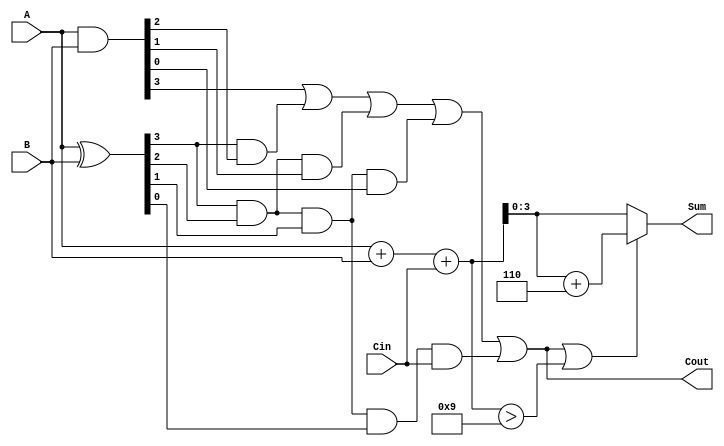
module BCD_Carry_Lookahead_Adder (
    input  [3:0] A,     // BCD digit A
    input  [3:0] B,     // BCD digit B
    input        Cin,    // Carry input
    output [3:0] Sum,    // BCD sum output
    output       Cout    // Carry output
);

    wire [3:0] P; // Propagate signals (P[i] = A[i] ^ B[i])
    wire [3:0] G; // Generate signals (G[i] = A[i] & B[i])
    wire [4:0] C; // Carry signals (C[0] = Cin, C[4] = Carry out)

    assign P = A ^ B; // Propagate
    assign G = A & B; // Generate

    // Carry Lookahead logic
    assign C[0] = Cin;
    assign C[1] = G[0] | (P[0] & C[0]);
    assign C[2] = G[1] | (P[1] & G[0]) | (P[1] & P[0] & C[0]);
    assign C[3] = G[2] | (P[2] & G[1]) | (P[2] & P[1] & G[0]) | (P[2] & P[1] & P[0] & C[0]);
    assign C[4] = G[3] | (P[3] & G[2]) | (P[3] & P[2] & G[1]) | (P[3] & P[2] & P[1] & G[0]) | (P[3] & P[2] & P[1] & P[0] & C[0]);

    // Raw sum calculation
    wire [4:0] RawSum = A + B + Cin; // 5-bit to accommodate potential overflow

    // Final sum output calculation
    assign Sum = (C[4] | (RawSum > 9)) ? (RawSum + 5'd6) : RawSum[3:0]; // Adjust if necessary
    assign Cout = C[4]; // Carry out

endmodule